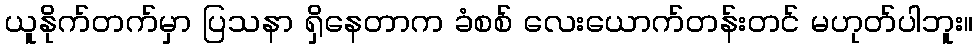
ယူနိုက်တက်မှာ ပြသနာ ရှိနေတာက ခံစစ် လေးယောက်တန်းတင် မဟုတ်ပါဘူး။